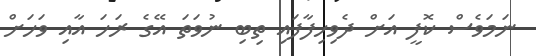
ނަމަވެސް ކޮފީ އަށް ދެވިހިފާފައި ތިބި ނުވަތަ އޭގެ ރަހަ އާއި ވަހަށް